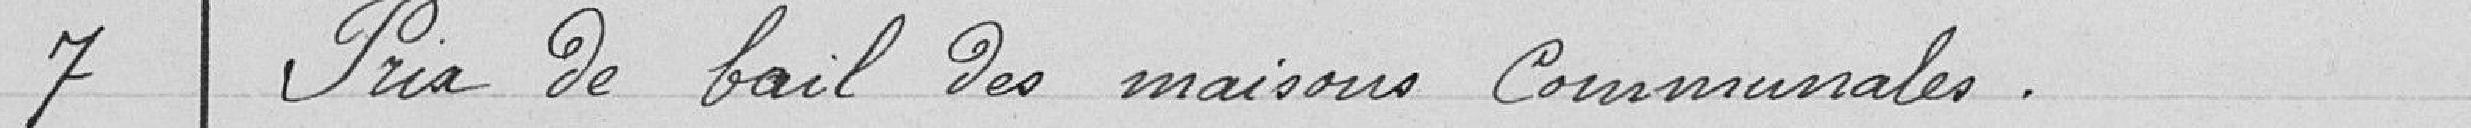
7 - Prix de bail des maisons communales